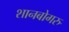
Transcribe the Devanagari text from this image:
शानबोगरु